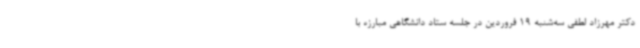
دکتر مهرزاد لطفی سه‌شنبه 19 فروردین در جلسه ستاد دانشگاهی مبارزه با